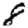
Digit: 8